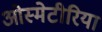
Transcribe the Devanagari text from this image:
ओस्मेटीरिया